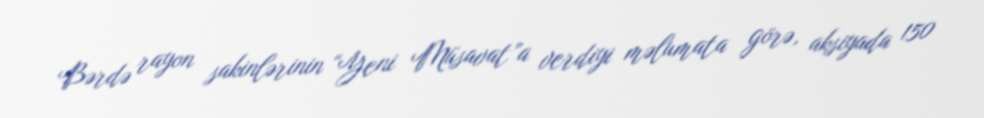
Bərdə rayon sakinlərinin “Yeni Müsavat”a verdiyi məlumata görə, aksiyada 150